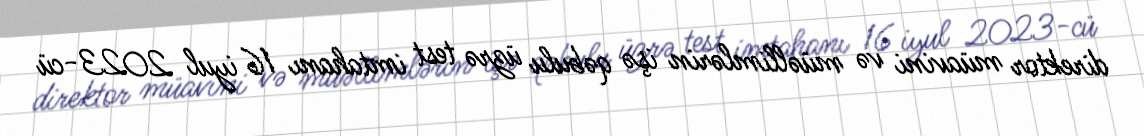
direktor müavini və müəllimlərin işə qəbulu üzrə test imtahanı 16 iyul 2023-cü